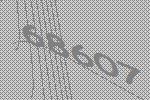
68607